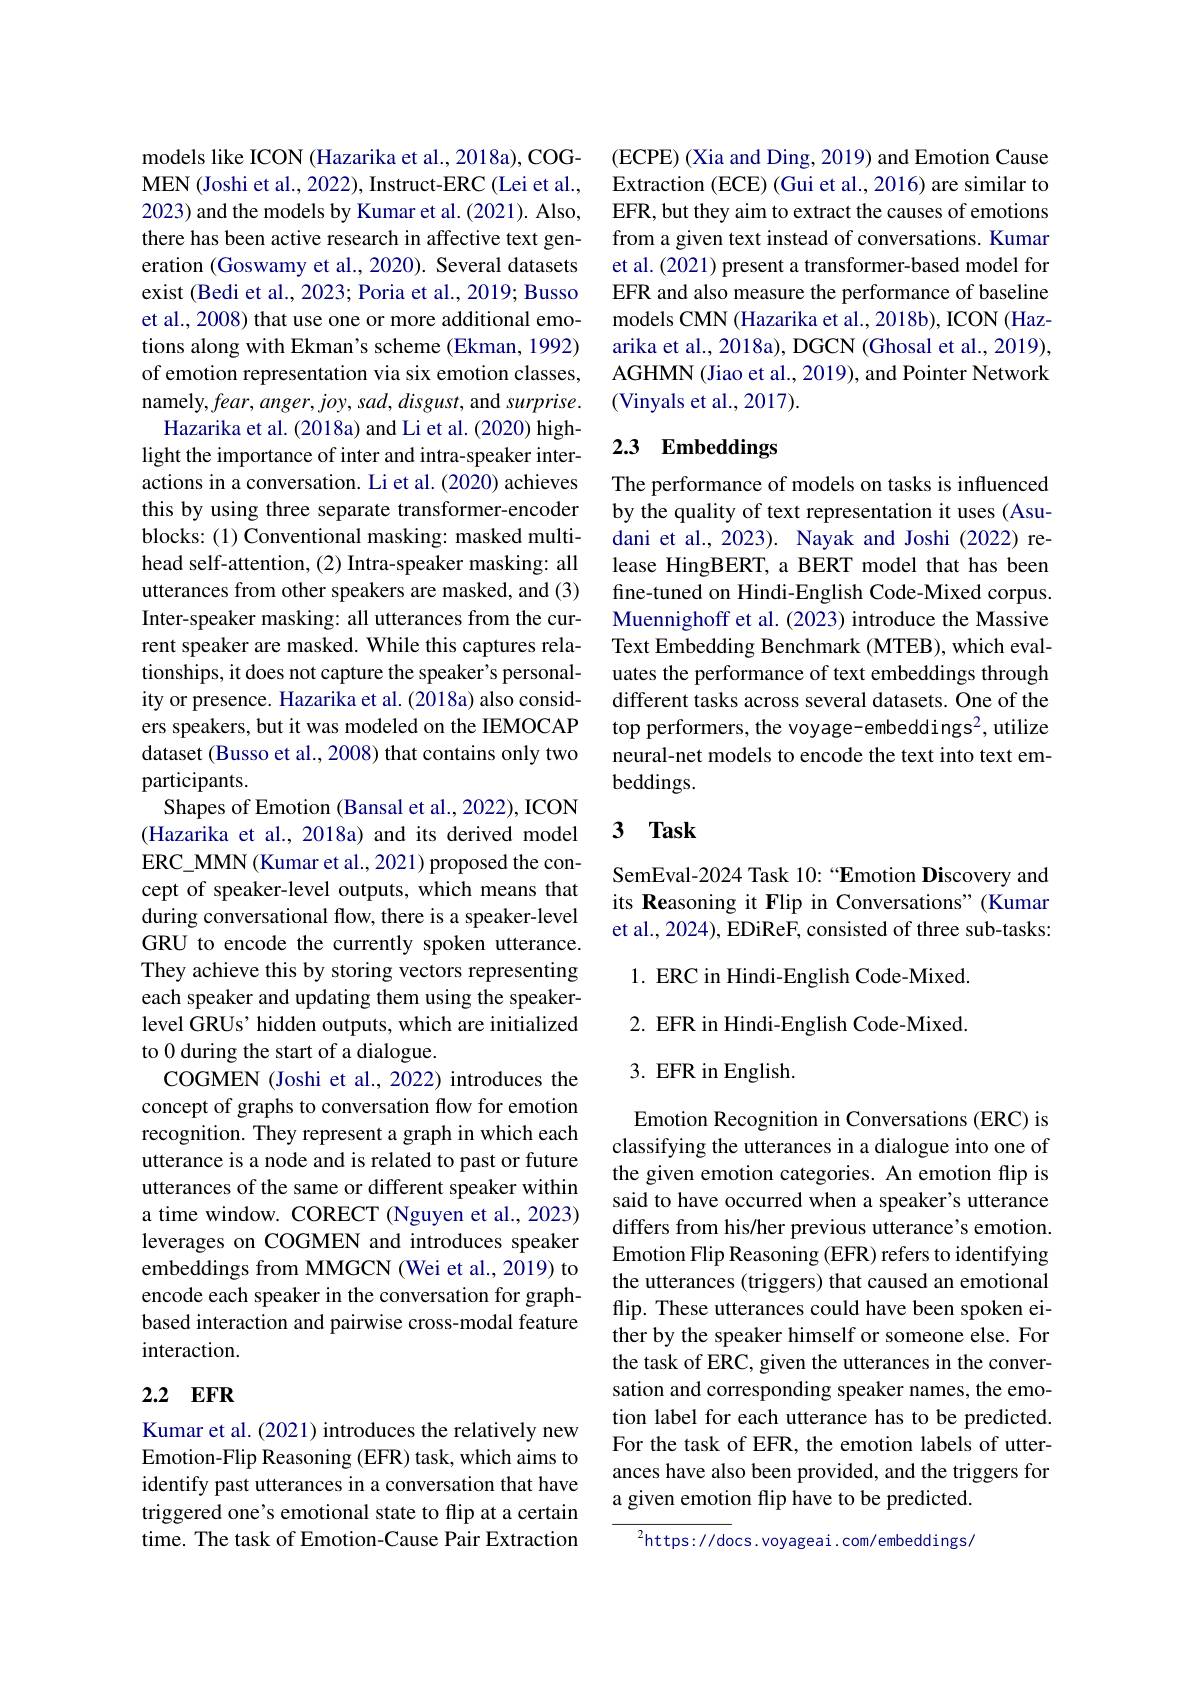
models like ICON (Hazarika et al., 2018a), COGMEN (Joshi et al., 2022), Instruct-ERC (Lei et al., 2023) and the models by Kumar et al. (2021). Also, there has been active research in affective text generation (Goswamy et al., 2020). Several datasets exist (Bedi et al., 2023; Poria et al., 2019; Busso et al., 2008) that use one or more additional emotions along with Ekman's scheme (Ekman, 1992) of emotion representation via six emotion classes, namely,fear, anger, joy, sad, disgust, and surprise.
Hazarika et al. (2018a) and Li et al. (2020) highlight the importance of inter and intra-speaker interactions in a conversation. Li et al. (2020) achieves this by using three separate transformer-encoder blocks: (1) Conventional masking: masked multihead self-attention, (2) Intra-speaker masking: all utterances from other speakers are masked, and (3) Inter-speaker masking: all utterances from the current speaker are masked. While this captures relationships, it does not capture the speaker's personality or presence. Hazarika et al. (2018a) also considers speakers, but it was modeled on the IEMOCAP dataset (Busso et al., 2008) that contains only two participants.
Shapes of Emotion (Bansal et al., 2022), ICON (Hazarika et al., 2018a) and its derived model ERC\_MMN (Kumar et al., 2021) proposed the concept of speaker-level outputs, which means that during conversational flow, there is a speaker-level GRU to encode the currently spoken utterance. They achieve this by storing vectors representing each speaker and updating them using the speakerlevel GRUs' hidden outputs, which are initialized to 0 during the start of a dialogue.
COGMEN (Joshi et al., 2022) introduces the concept of graphs to conversation flow for emotion recognition. They represent a graph in which each utterance is a node and is related to past or future utterances of the same or different speaker within a time window. CORECT (Nguyen et al., 2023) leverages on COGMEN and introduces speaker embeddings from MMGCN (Wei et al., 2019) to encode each speaker in the conversation for graphbased interaction and pairwise cross-modal feature interaction.

### 2.2 $\mathbf{EFR}$

Kumar et al. (2021) introduces the relatively new Emotion-Flip Reasoning (EFR) task, which aims to identify past utterances in a conversation that have triggered one's emotional state to flip at a certain time. The task of Emotion-Cause Pair Extraction

(ECPE) (Xia and Ding, 2019) and Emotion Cause Extraction (ECE) (Gui et al., 2016) are similar to EFR, but they aim to extract the causes of emotions from a given text instead of conversations. Kumar et al. (2021) present a transformer-based model for EFR and also measure the performance of baseline models CMN (Hazarika et al., 2018b), ICON (Hazarika et al., 2018a), DGCN (Ghosal et al., 2019), AGHMN (Jiao et al., 2019), and Pointer Network (Vinyals et al., 2017).

## 2.3 Embeddings

The performance of models on tasks is influenced by the quality of text representation it uses (Asudani et al., 2023). Nayak and Joshi (2022) release HingBERT, a BERT model that has been fine-tuned on Hindi-English Code-Mixed corpus. Muennighoff et al. (2023) introduce the Massive Text Embedding Benchmark (MTEB), which evaluates the performance of text embeddings through different tasks across several datasets. One of the top performers, the voyage- embeddings2, utilize neural-net models to encode the text into text embeddings.

# 3 Task

SemEval-2024 Task 10:“Emotion Discovery and its Reasoning it Flip in Conversations" (Kumar et al., 2024), EDiReF, consisted of three sub-tasks:

1. ERC in Hindi-English Code-Mixed. 2. EFR in Hindi-English Code-Mixed. 3. EFR in English.

Emotion Recognition in Conversations (ERC) is classifying the utterances in a dialogue into one of the given emotion categories. An emotion flip is said to have occurred when a speaker's utterance differs from his/her previous utterance's emotion. Emotion Flip Reasoning (EFR) refers to identifying the utterances (triggers) that caused an emotional flip. These utterances could have been spoken either by the speaker himself or someone else. For the task of ERC, given the utterances in the conversation and corresponding speaker names, the emotion label for each utterance has to be predicted For the task of EFR, the emotion labels of utterances have also been provided, and the triggers for a given emotion flip have to be predicted.

${{^{2}\mathrm{https://docs.voyageai.com/embeddings/}}}$